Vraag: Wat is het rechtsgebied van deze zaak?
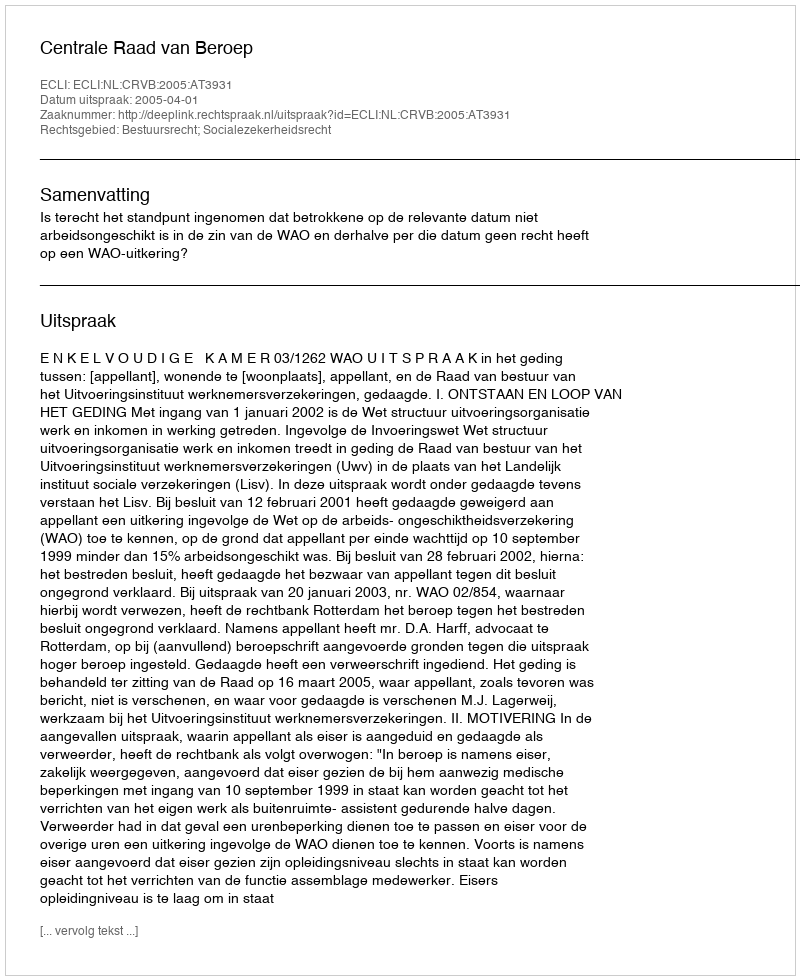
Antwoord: Bestuursrecht; Socialezekerheidsrecht